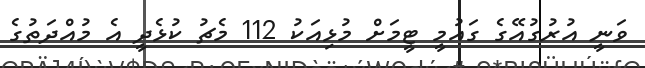
ވަނީ އުރުގުއޭގެ ގައުމީ ޓީމަށް މުޅިއަކު 112 މެޗު ކުޅެދީ އެ މުއްދަތުގެ